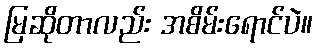
မြဆိုတာလည်း အစိမ်းရောင်ပဲ။